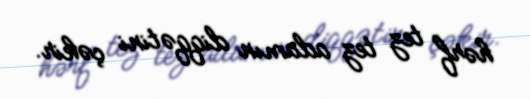
hərf tez tez adamın diqqətini çəkir.